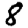
Digit: 8